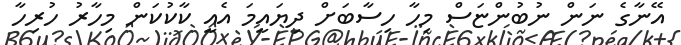
އޭނާގެ ނަން ނުބުންޏަސް މިހާ ހިސާބަށް ދިޔައީމަ އެއީ ކާކުކަން މިހާރު ހުރިހާ